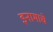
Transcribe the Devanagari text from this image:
इनामाचे